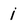
Character: i